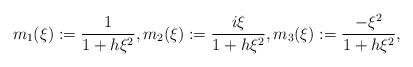
LaTeX: \begin{align*} m_1(\xi)&:=\frac{1}{1+h \xi^2}, m_2(\xi):=\frac{i\xi}{1+h \xi^2}, m_3(\xi):= \frac{-\xi^2}{1+h \xi^2},\end{align*}